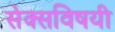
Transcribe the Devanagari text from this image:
सेक्सविषयी